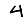
Digit: 4